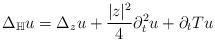
LaTeX: \begin{align*} \Delta_{\mathbb{H}}u = \Delta_z u + \frac{|z|^2}{4} \partial_{t}^2 u + \partial_t Tu \end{align*}